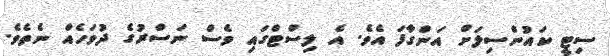
ސިޓީ ކައުންސިލަށް އަންގާފަ އެވެ. އެ ލިސްޓްގައި ވެސް ނަސްރުގެ ދުވަހެއް ނެތެވެ.